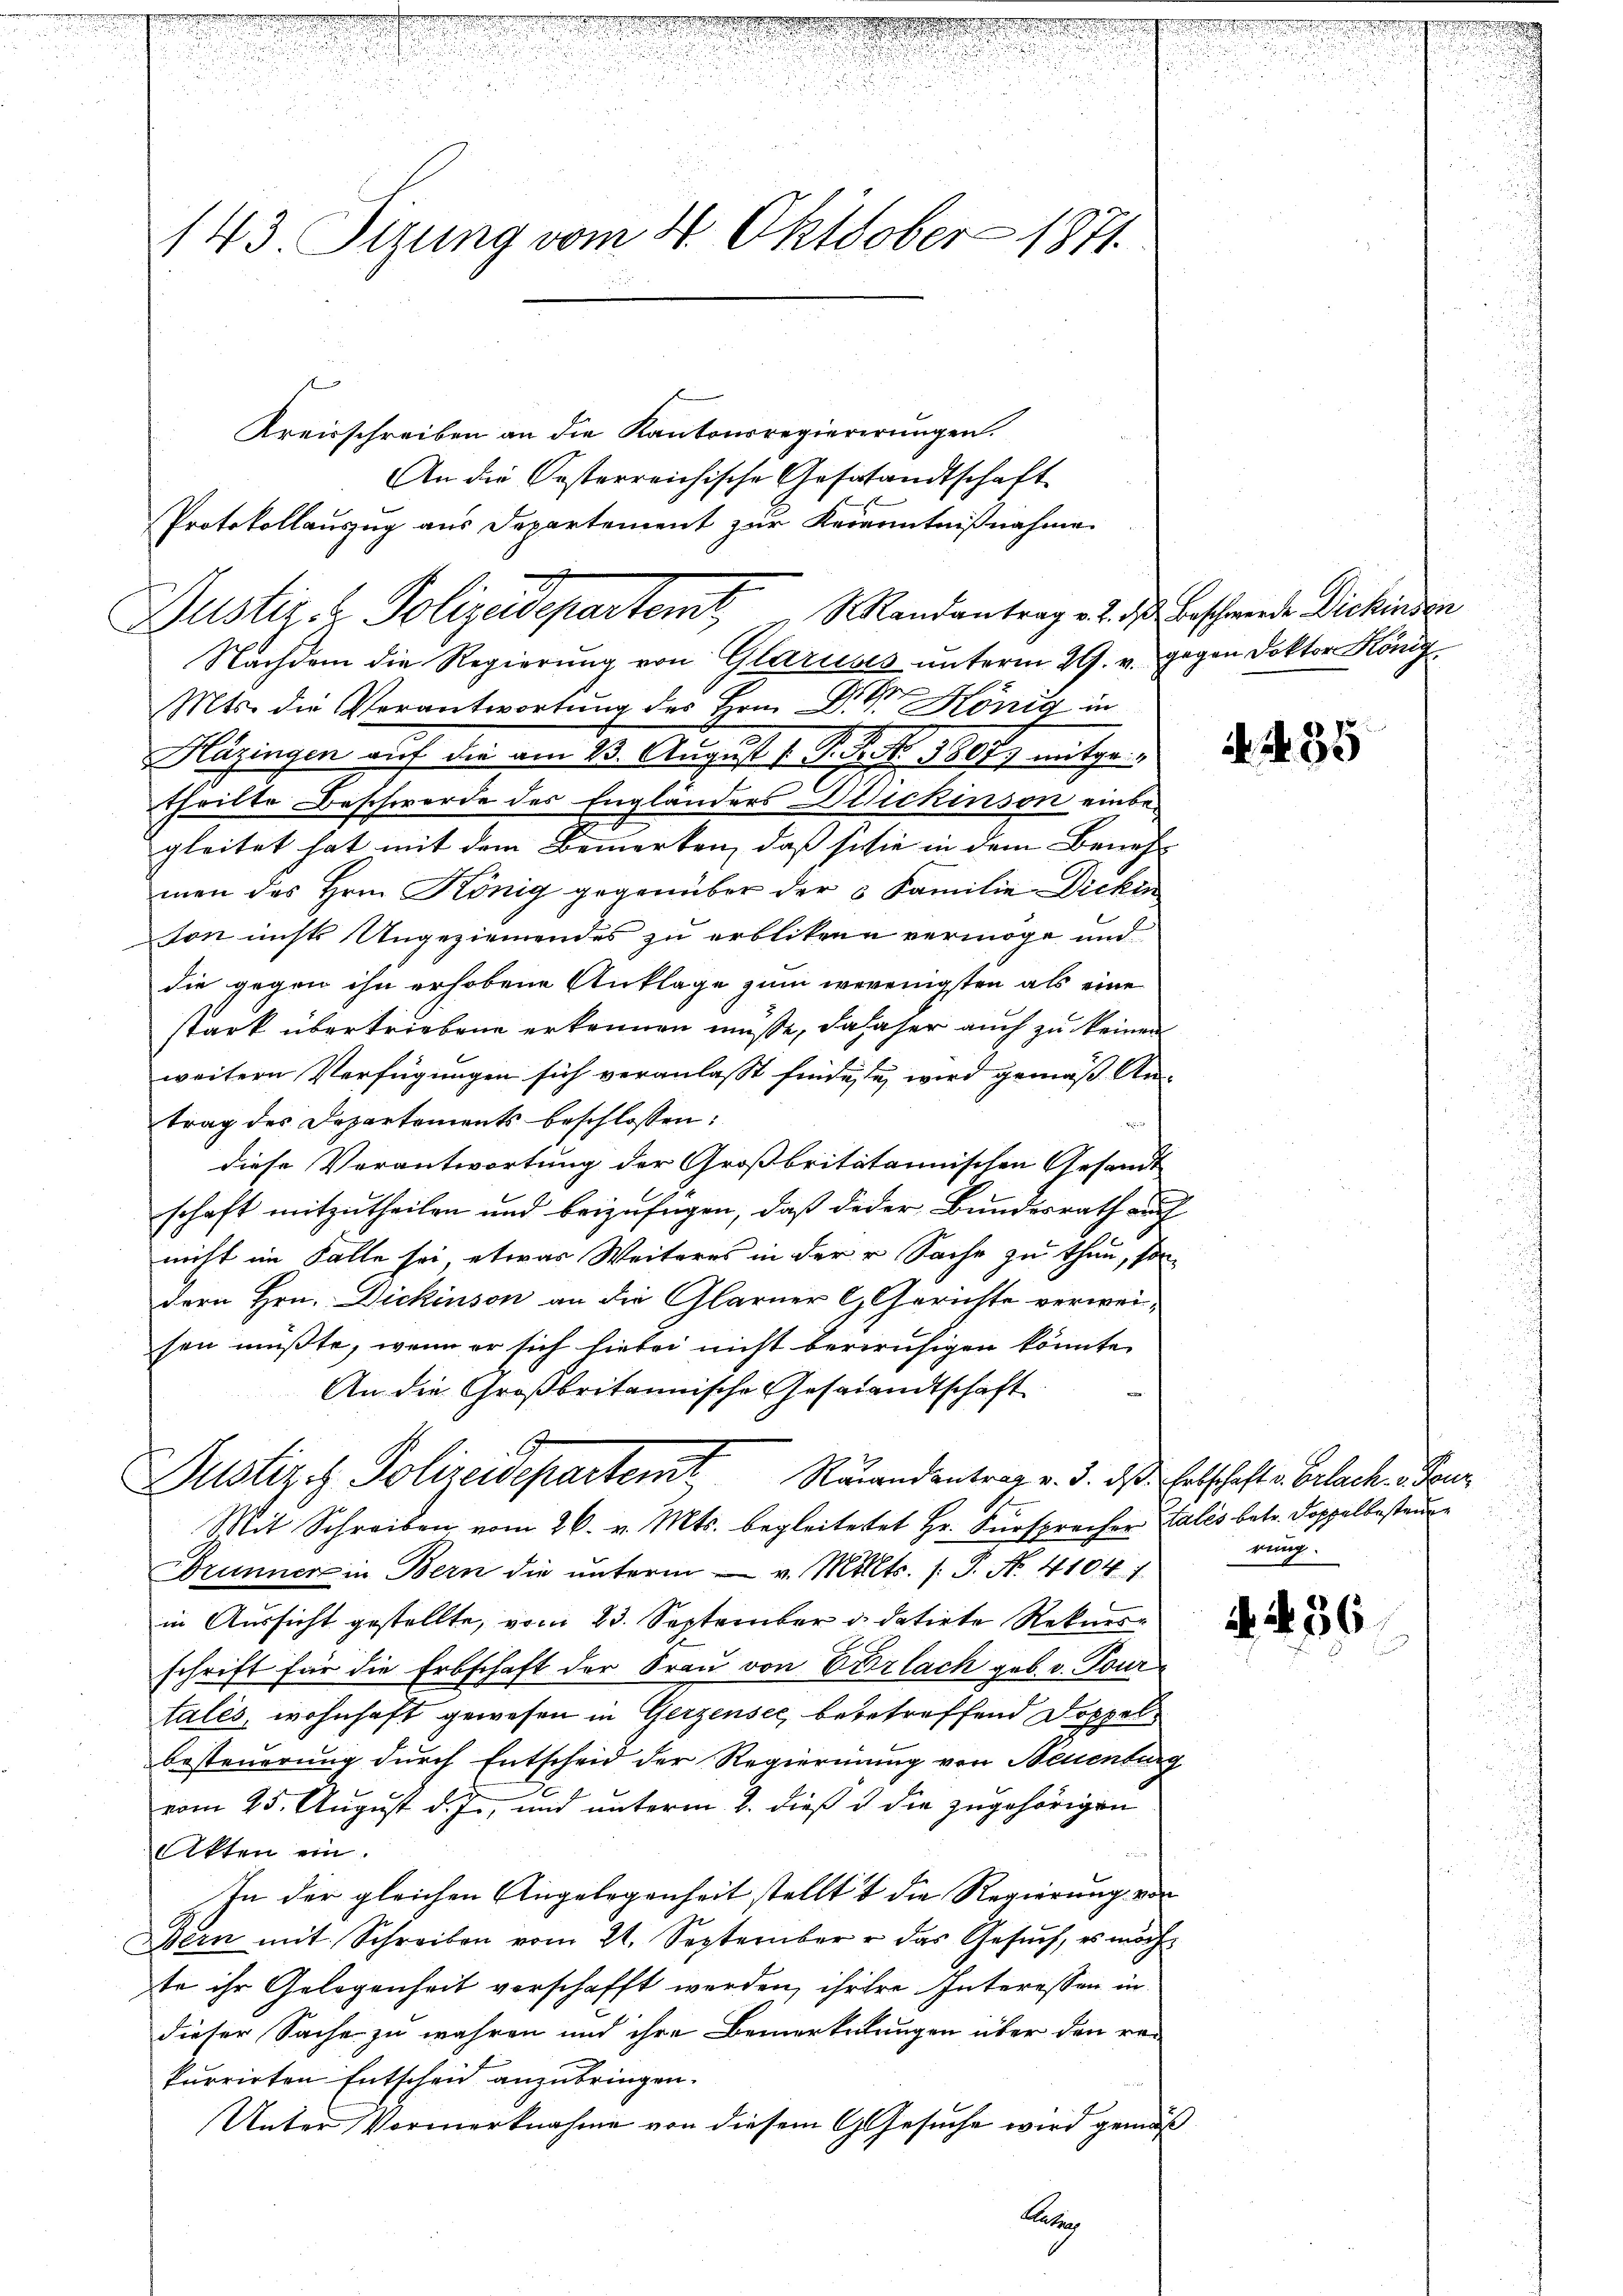
Kreisschreiben an die Kantonsregiererŭngen.
An die Oesterreichische Gestandtschaft
Protokollauszug aus Departement zur Kenntnißnahme

Nachdem die Regierung von Glaruses unterm 29. v. gegen Doktor König
2
Mts. die Verantwortung des Hrn. Dr. König in
Hitzingen auf die am 23. August 1. d. J. J. Mosz mitge
theilte Beschwerde des Engländers Blickenson einbegleitet hat mit dem Bemerken, daß sisie in dem Beneh-
men des Hrn. König gegenüber der 3 Familie Dicken
son nichts Ungeziemendes zu erblikene vermöge und
die gegen ihn erhobene Anklage zum werenigsten als eine
stark übertriebene erkennen müsse, dasser auch zu keinen
weitern Verfügungen sich veranlaßt findesse, wird gemäß Antrag des Departements beschlossen:

diese Verantwortung der Großbritatannischen Gesandt
schaft mitzutheilen und beizufügen, daß jeder Bundesrath auf
nicht im Falle sei, etwas Weiteres in der Sache zu thun, son
dern Hrn. Dickinson an die Glarner C. Gerichte verwei-
sen müßte, wenn er sich hiebei nicht beruhigen könnte.
An die Großbritannische Gesandtschaft
Justiziz Polizeidepartemt Raandantrag v. 3. das Felschafte Erlach den
Mit Schreiben vom 26. v. Mts. begleitetet Hr. Fürsprecher Tales betr. Doppelbesteu¬
Brunner in Bern die unterm v. Mts. (: P. Nr. 4104
in Aussicht gestellte, vom 23. September d. datirte Rekursschrift für die Erbschaft der Frau von Erlach geb. v. Tourtales, wohnhaft gewesen in Gerzensee, begetreffend Doppelbesteuerung durch Entscheid der Regierung von Neuenburg
vom 25. August d. J., und unterm 2. dieß & die zugehörigen
Akten ein.
In der gleichen Angelegenheit stellt die Regierung von
Bern mit Schreiben vom 21. September u. das Gesŭch, es möch
te ihr Gelegenheit verschafft werden, ihrere Interessen in
dieser Sache zu wahren und ihre Bemerkelungen über den rei
kurrirten Entscheid anzubringen.
Unter Vormerknahme von diesem C. Gesuche wird gemäß
Latein

143. Sizung vom 4. Oktober 1871

Anferen

Justiz- & Polizeidepartemt, Mandantrag d. d. Beschwende Dickinden

d N. 35

rung.

i. N. 56